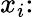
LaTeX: x_{i}{\mathrm{:}}